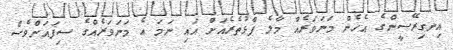
އިނގިރޭސީންގެ އެހެން މަނަވަރެއް މާލެ ފާޅުތެރެއަށް އައި ނަމަ އެ މަނަވަރެއްގެ ސިފައަށްވެސް